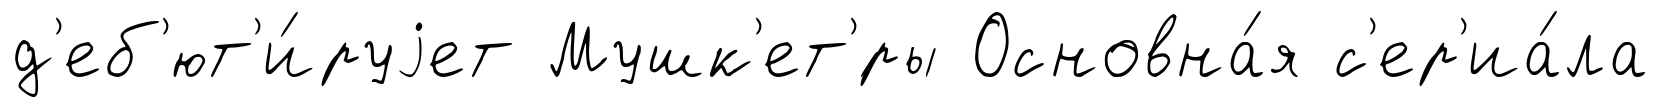
д'еб'ют'и́руjет Мушк'ет'́ры Основна́я с'ер'иа́ла